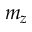
m _ { z }